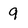
Character: 9